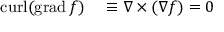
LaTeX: \begin{array} { r l } { \operatorname { c u r l } ( \operatorname { g r a d } f ) } & { { } \equiv \nabla \times ( \nabla f ) = 0 } \end{array}